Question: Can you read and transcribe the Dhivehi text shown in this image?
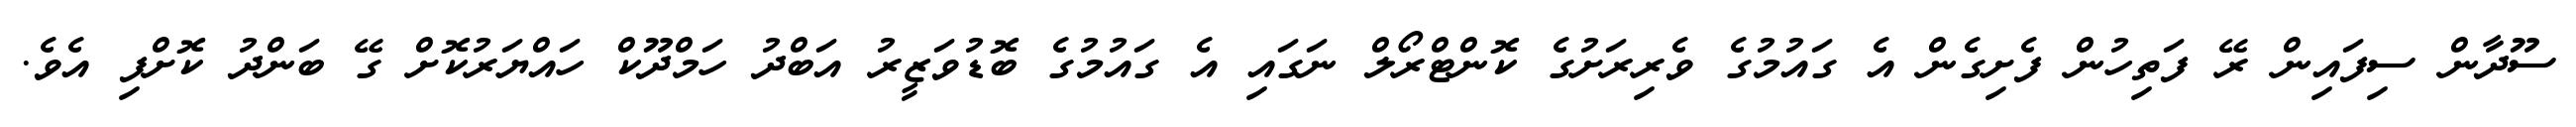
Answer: ސޫދާން ސިފައިން ރޭ ފަތިހުން ފެށިގެން އެ ގައުމުގެ ވެރިރަށުގެ ކޮންޓްރޯލް ނަގައި އެ ގައުމުގެ ބޮޑުވަޒީރު އަބްދު ހަމްދޫކް ހައްޔަރުކޮށް ގޭ ބަންދު ކޮށްފި އެވެ.